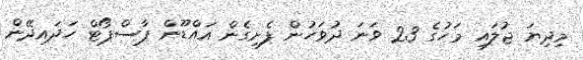
މިދިޔަ ޖުލައި މަހުގެ 23 ވަނަ ދުވަހުން ފެށިގެން އައްޑޫން ޕާސްޕޯޓް ހަދައިދޭން